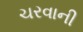
ચરવાની